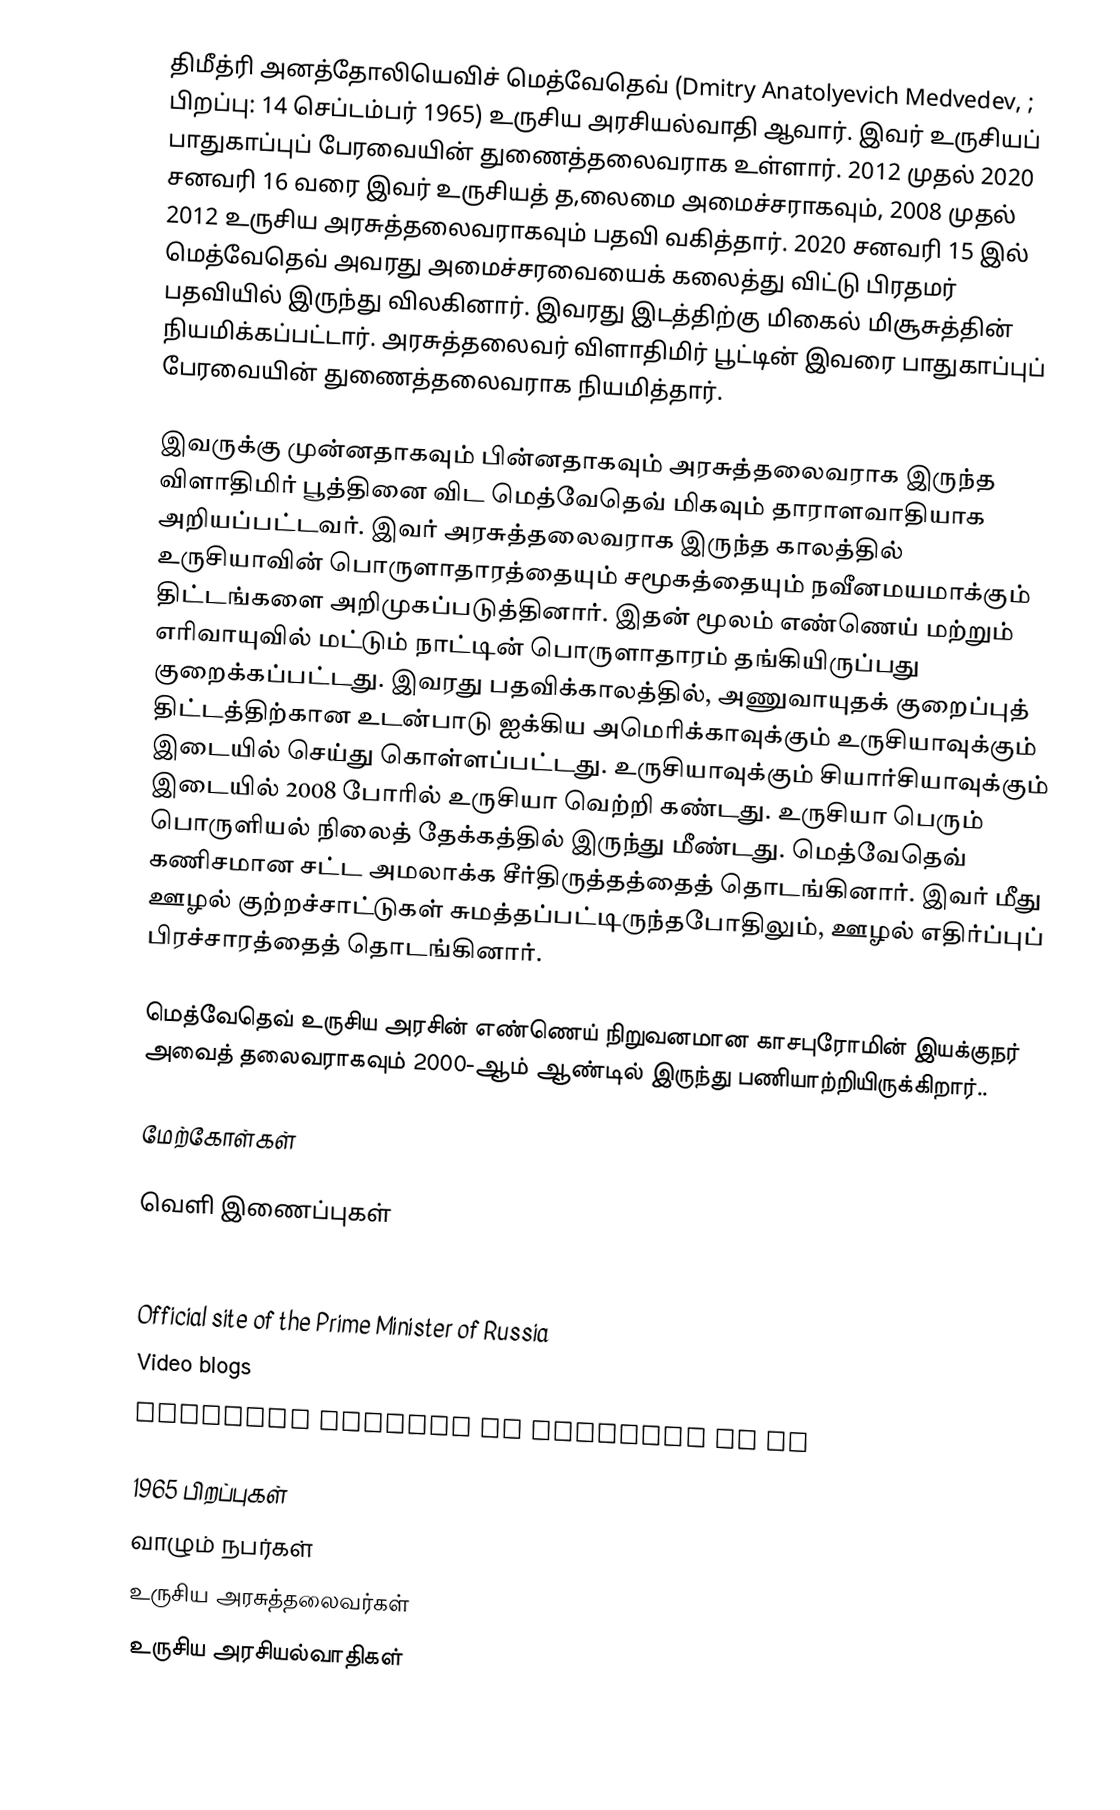
திமீத்ரி அனத்தோலியெவிச் மெத்வேதெவ் (Dmitry Anatolyevich Medvedev, ; பிறப்பு: 14 செப்டம்பர் 1965) உருசிய அரசியல்வாதி ஆவார். இவர் உருசியப் பாதுகாப்புப் பேரவையின் துணைத்தலைவராக உள்ளார். 2012 முதல் 2020 சனவரி 16 வரை இவர் உருசியத் த,லைமை அமைச்சராகவும், 2008 முதல் 2012 உருசிய அரசுத்தலைவராகவும் பதவி வகித்தார். 2020 சனவரி 15 இல் மெத்வேதெவ் அவரது அமைச்சரவையைக் கலைத்து விட்டு பிரதமர் பதவியில் இருந்து விலகினார். இவரது இடத்திற்கு மிகைல் மிசூசுத்தின் நியமிக்கப்பட்டார். அரசுத்தலைவர் விளாதிமிர் பூட்டின் இவரை பாதுகாப்புப் பேரவையின் துணைத்தலைவராக நியமித்தார்.

இவருக்கு முன்னதாகவும் பின்னதாகவும் அரசுத்தலைவராக இருந்த விளாதிமிர் பூத்தினை விட மெத்வேதெவ் மிகவும் தாராளவாதியாக அறியப்பட்டவர். இவர் அரசுத்தலைவராக இருந்த காலத்தில் உருசியாவின் பொருளாதாரத்தையும் சமூகத்தையும் நவீனமயமாக்கும் திட்டங்களை அறிமுகப்படுத்தினார். இதன் மூலம் எண்ணெய் மற்றும் எரிவாயுவில் மட்டும் நாட்டின் பொருளாதாரம் தங்கியிருப்பது குறைக்கப்பட்டது. இவரது பதவிக்காலத்தில், அணுவாயுதக் குறைப்புத் திட்டத்திற்கான உடன்பாடு ஐக்கிய அமெரிக்காவுக்கும் உருசியாவுக்கும் இடையில் செய்து கொள்ளப்பட்டது. உருசியாவுக்கும் சியார்சியாவுக்கும் இடையில் 2008 போரில் உருசியா வெற்றி கண்டது. உருசியா பெரும் பொருளியல் நிலைத் தேக்கத்தில் இருந்து மீண்டது. மெத்வேதெவ் கணிசமான சட்ட அமலாக்க சீர்திருத்தத்தைத் தொடங்கினார். இவர் மீது ஊழல் குற்றச்சாட்டுகள் சுமத்தப்பட்டிருந்தபோதிலும், ஊழல் எதிர்ப்புப் பிரச்சாரத்தைத் தொடங்கினார்.

மெத்வேதெவ் உருசிய அரசின் எண்ணெய் நிறுவனமான காசபுரோமின் இயக்குநர் அவைத் தலைவராகவும் 2000-ஆம் ஆண்டில் இருந்து பணியாற்றியிருக்கிறார்..

மேற்கோள்கள்

வெளி இணைப்புகள்

Personal website
Official site of the Prime Minister of Russia
Video blogs
Official profile of Medvedev at VK

1965 பிறப்புகள்
வாழும் நபர்கள்
உருசிய அரசுத்தலைவர்கள்
உருசிய அரசியல்வாதிகள்